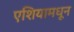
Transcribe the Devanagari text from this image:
एशियामधून